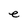
Character: e